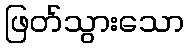
ဖြတ်သွားသော